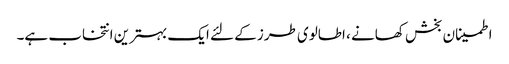
اطمینان بخش کھانے ، اطالوی طرز کے لئے ایک بہترین انتخاب ہے۔